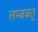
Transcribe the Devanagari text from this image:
लम्बबत्